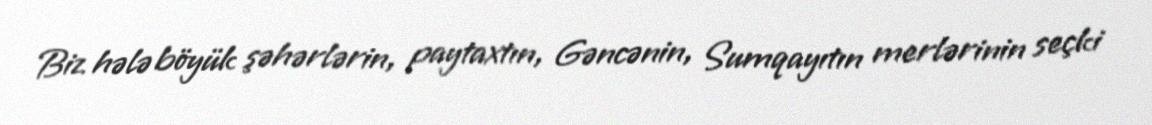
Biz hələ böyük şəhərlərin, paytaxtın, Gəncənin, Sumqayıtın merlərinin seçki